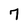
Character: 7